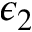
\epsilon _ { 2 }